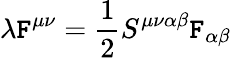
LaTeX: \lambda\mathtt{F}^{\mu\nu}=\frac{{1}}{{2}}S^{\mu\nu\alpha\beta}\mathtt{F}_{\alpha\beta}